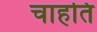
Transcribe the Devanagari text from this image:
चाहति